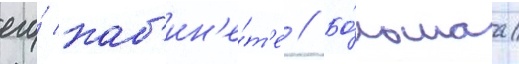
его́ каб'ин'е́т'е // Бо́льшаа